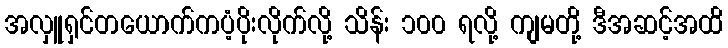
အလှူရှင်တယောက်ကပံ့ပိုးလိုက်လို့ သိန်း ၁၀၀ ရလို့ ကျမတို့ ဒီအဆင့်အထိ